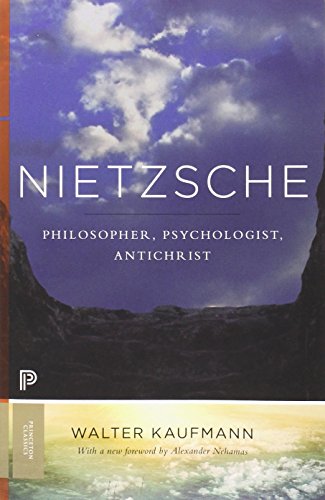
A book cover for Nietzsche: Philosopher, Psychologist, Antichrist (Princeton Classics); Walter A. Kaufmann; Biographies & Memoirs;